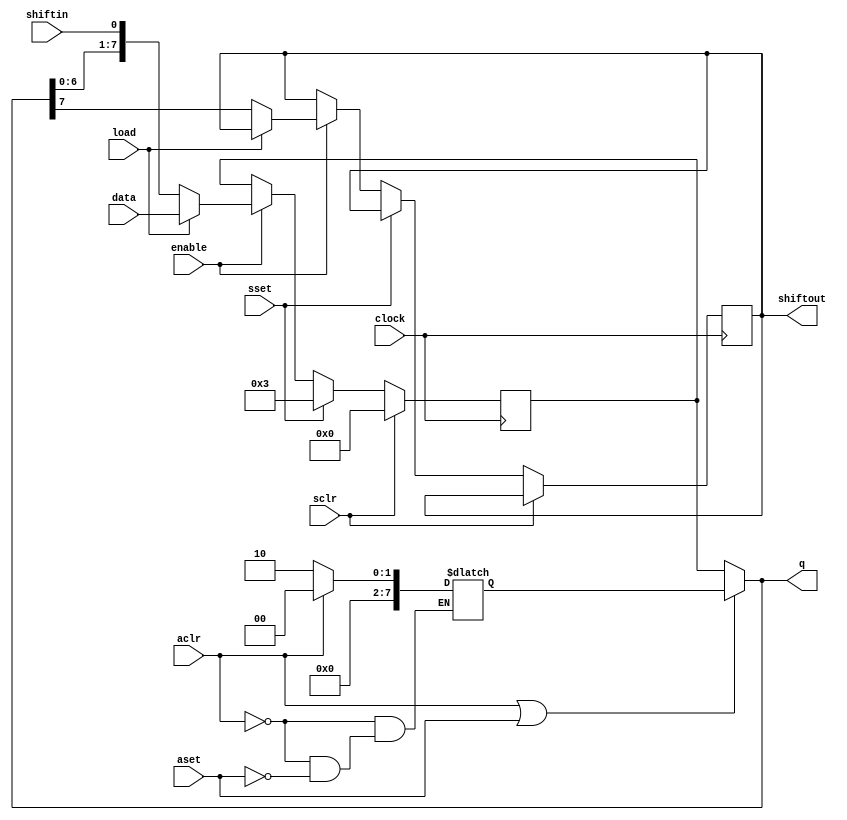
module Shiftreg2(sclr, sset, shiftin, load, data, clock, enable, aclr, aset, shiftout, q);
	
	input  sclr, sset, shiftin, load, clock, enable, aclr, aset;
	output reg shiftout;
	parameter LOAD_AVALUE=2;
	parameter SHIFT_DIRECTION = "LEFT";
	parameter LOAD_SVALUE=3;
	parameter SHIFT_WIDTH=8;
	input [SHIFT_WIDTH-1:0] data;
	output [SHIFT_WIDTH-1:0] q;
	reg [SHIFT_WIDTH-1:0] atemp,stemp;

	assign q = (aclr||aset==1)? atemp:stemp;

	always @(*) begin
		if (aclr) begin
			atemp=0;
		end
		else if (aset) begin
			atemp=LOAD_AVALUE;
		end
	end

	always @(posedge clock) begin
		if (sclr) begin
			stemp<=0;
		end
		else if (sset) begin
			stemp<=LOAD_SVALUE;
		end
		else if (enable) begin
			if (load) begin
				stemp<=data;
			end
			else if (SHIFT_DIRECTION=="LEFT") begin
				{shiftout, stemp}<={q,shiftin};
			end
			else if (SHIFT_DIRECTION=="RIGHT") begin
				{stemp, shiftout}<={shiftin,q};
			end
		end
	end
	
endmodule